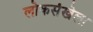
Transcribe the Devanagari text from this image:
लोकसंखेला